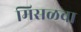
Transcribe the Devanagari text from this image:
मिसळचा